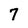
Character: 7